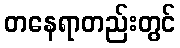
တနေရာတည်းတွင်